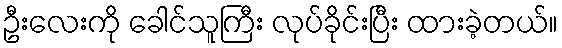
ဦးလေးကို ခေါင်သူကြီး လုပ်ခိုင်းပြီး ထားခဲ့တယ်။